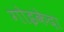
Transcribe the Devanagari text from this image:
गोइकेदा